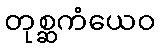
တုစ္ဆကံယေဝ